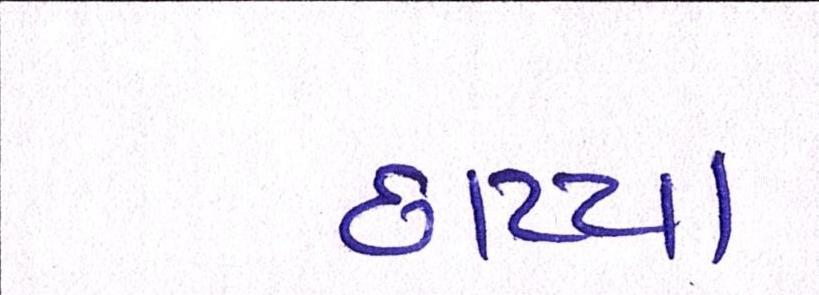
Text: છાપ્યા